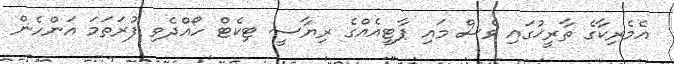
އެމެރިކާގެ ތާރީޚުގައި ވެސް މައި ޕާޓީއެއްގެ ރިޔާސީ ޓިކެޓް ހޯއްދެވި ފުރަތަމަ އަންހެން